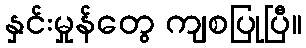
နှင်းမှုန်တွေ ကျစပြုပြီ။